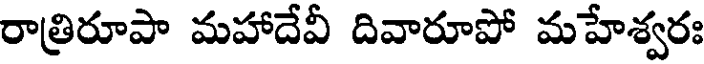
రాత్రిరూపా మహాదేవీ దివారూపో మహేశ్వరః